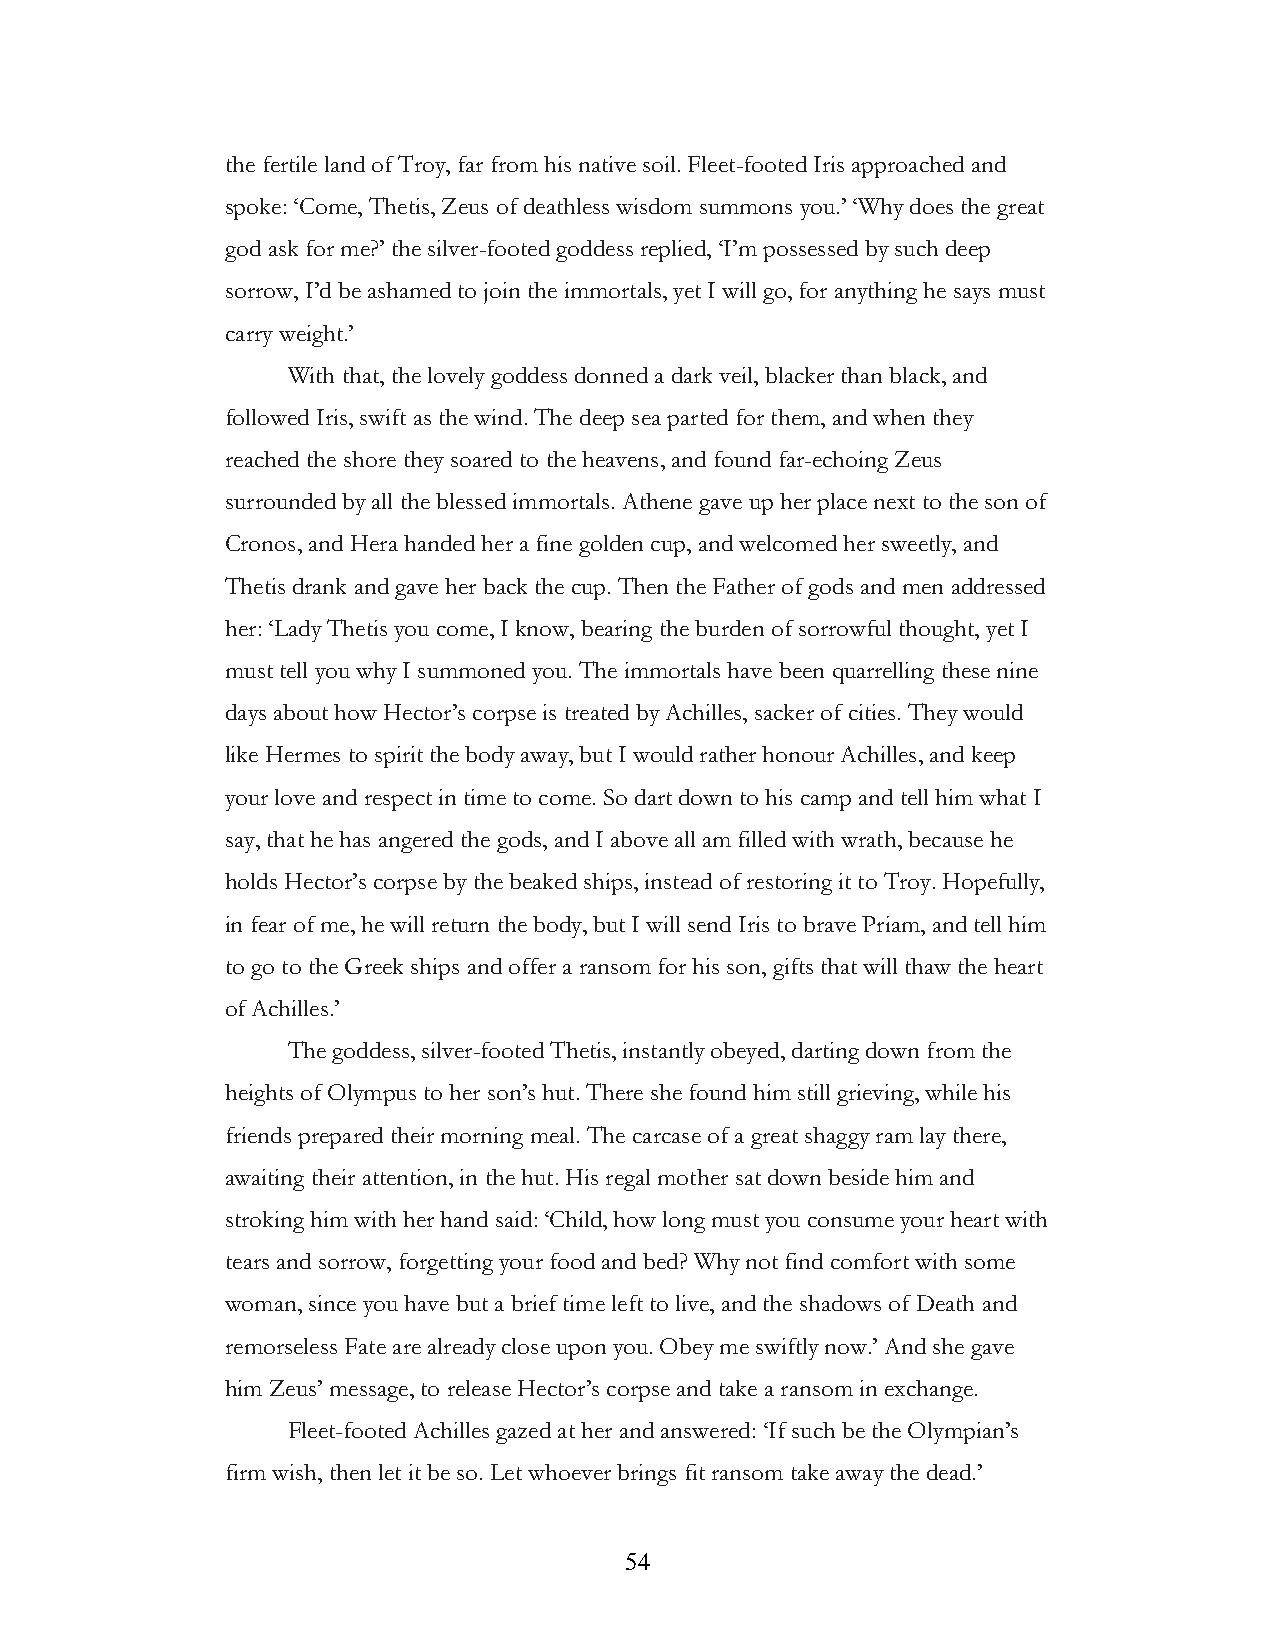
the fertile land of Troy, far from his native soil. Fleet-footed Iris approached and
 spoke: ‘Come, Thetis, Zeus of deathless wisdom summons you.’ ‘Why does the great
 god ask for me?’ the silver-footed goddess replied, ‘I’m possessed by such deep
 sorrow, I’d be ashamed to join the immortals, yet I will go, for anything he says must
 carry weight.’
 With that, the lovely goddess donned a dark veil, blacker than black, and
 followed Iris, swift as the wind. The deep sea parted for them, and when they
 reached the shore they soared to the heavens, and found far-echoing Zeus
 surrounded by all the blessed immortals. Athene gave up her place next to the son of
 Cronos, and Hera handed her a fine golden cup, and welcomed her sweetly, and
 Thetis drank and gave her back the cup. Then the Father of gods and men addressed
 her: ‘Lady Thetis you come, I know, bearing the burden of sorrowful thought, yet I
 must tell you why I summoned you. The immortals have been quarrelling these nine
 days about how Hector’s corpse is treated by Achilles, sacker of cities. They would
 like Hermes to spirit the body away, but I would rather honour Achilles, and keep
 your love and respect in time to come. So dart down to his camp and tell him what I
 say, that he has angered the gods, and I above all am filled with wrath, because he
 holds Hector’s corpse by the beaked ships, instead of restoring it to Troy. Hopefully,
 in fear of me, he will return the body, but I will send Iris to brave Priam, and tell him
 to go to the Greek ships and offer a ransom for his son, gifts that will thaw the heart
 of Achilles.’
 The goddess, silver-footed Thetis, instantly obeyed, darting down from the
 heights of Olympus to her son’s hut. There she found him still grieving, while his
 friends prepared their morning meal. The carcase of a great shaggy ram lay there,
 awaiting their attention, in the hut. His regal mother sat down beside him and
 stroking him with her hand said: ‘Child, how long must you consume your heart with
 tears and sorrow, forgetting your food and bed? Why not find comfort with some
 woman, since you have but a brief time left to live, and the shadows of Death and
 remorseless Fate are already close upon you. Obey me swiftly now.’ And she gave
 him Zeus’ message, to release Hector’s corpse and take a ransom in exchange.
 Fleet-footed Achilles gazed at her and answered: ‘If such be the Olympian’s
 firm wish, then let it be so. Let whoever brings fit ransom take away the dead.’
 !                         54